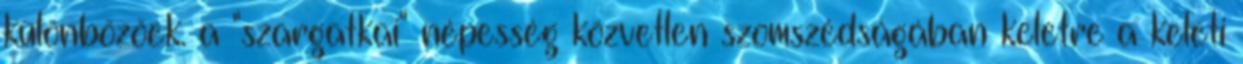
különbözőek. a "szargatkai" népesség közvetlen szomszédságában keletre a keleti